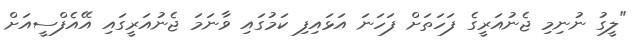
"ލީގު ނުނިމި ޖެނުއަރީގެ ފަހަތަށް ފަހަނަ އަޅައިފި ކަމުގައި ވާނަމަ ޖެނުއަރީގައި އޭއެފްސީއަށް